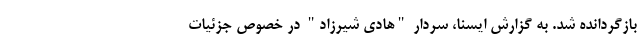
بازگردانده شد. به گزارش ایسنا، سردار "هادی شیرزاد" در خصوص جزئیات